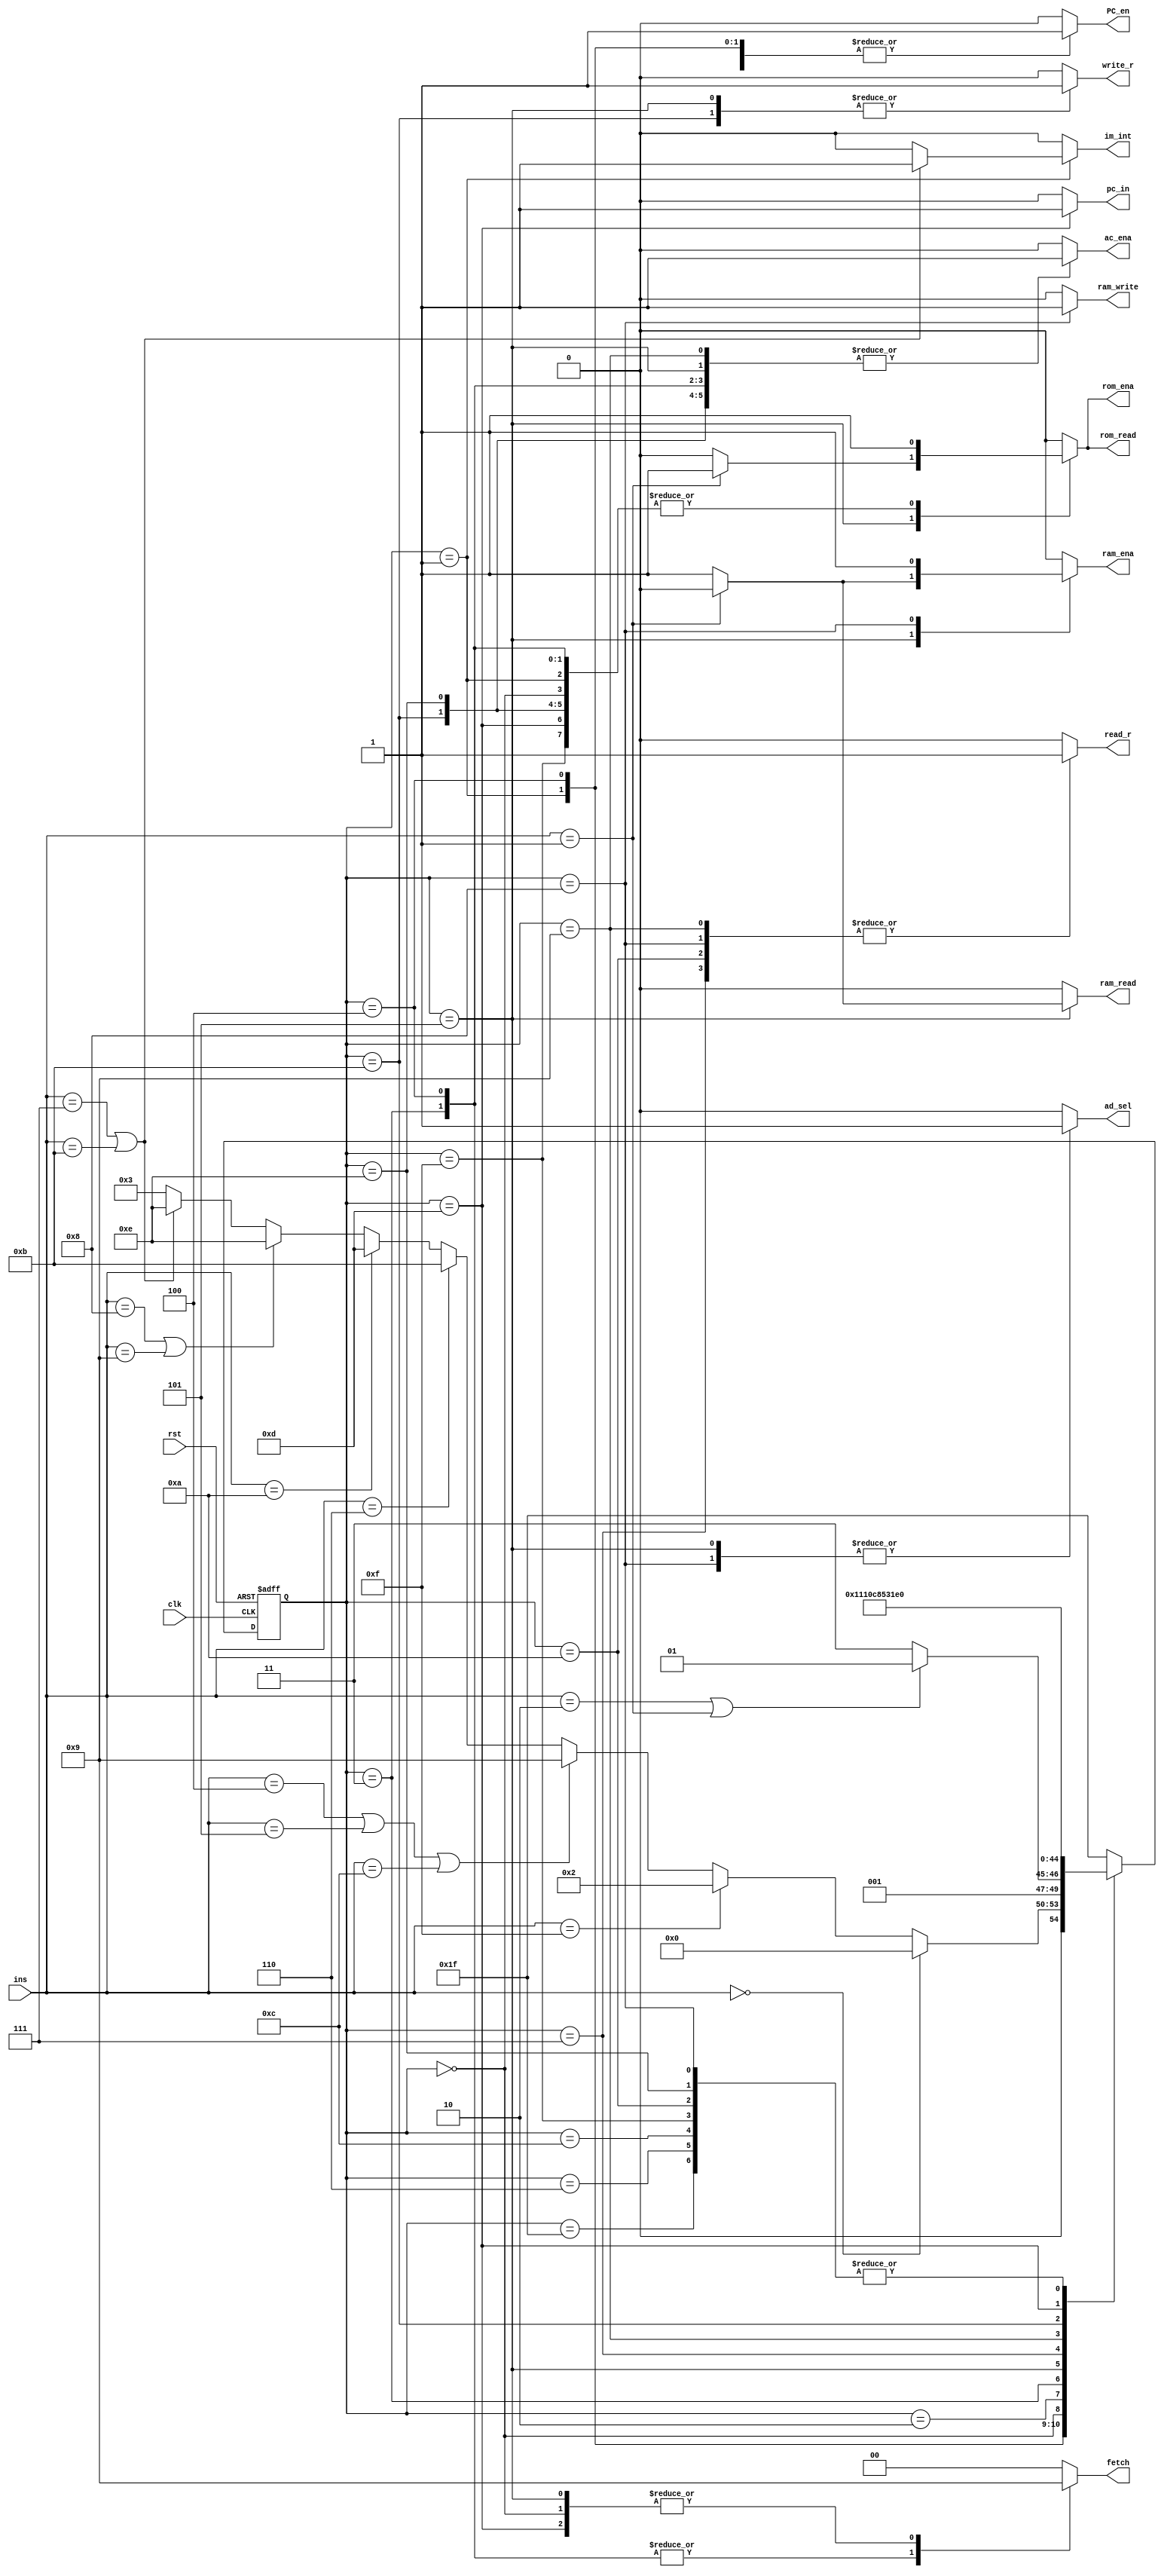
`timescale 1ns / 1ps
//////////////////////////////////////////////////////////////////////////////////
module machine(ins, clk, rst, write_r, read_r, PC_en, fetch, ac_ena, ram_ena, rom_ena,ram_write, ram_read, rom_read, ad_sel,im_int,pc_in);

input clk, rst;   		// clock, reset
input [3:0] ins;  		// instructions, 3 bits, 8 types

// Enable signals
output reg write_r, read_r, PC_en, ac_ena, ram_ena, rom_ena, im_int, pc_in;

// ROM: where instructions are storaged. Read only.
// RAM: where data is storaged, readable and writable.
output reg ram_write, ram_read, rom_read, ad_sel;

output reg [1:0] fetch;		// 01: to fetch from RAM/ROM; 10: to fetch from REG

// State code(current state)
reg [4:0] state;		// current state
reg [4:0] next_state; 	// next state


// instruction code
parameter 	NOP=4'b0000, // no operation
			LDO=4'b0001,	// load ROM to register
			LDA=4'b0010, // load RAM to register
			STO=4'b0011, // Store intermediate results to accumulator
			PRE=4'b0100, // Prefetch Data from Address
			ADD=4'b0101, // Adds the contents of the memory address or integer to the accumulator
			LDM=4'b0110, // Load Multiple
			ADN=4'b0111, // Add integer
			INC=4'b1000, // Increment Acc
			DEC=4'b1001, // Decrement ACC
			JMP=4'b1010, // Jump to ADDR
			CLR=4'b1011, // ClearACC
			SUB=4'b1100, // SUB
			HLT=4'b1111; // Halt

// state code			 
parameter Sidle=5'd31,
			 S0=5'd0,
			 S1=5'd1,
			 S2=5'd2,
			 S3=5'd3,
			 S4=5'd4,
			 S5=5'd5,
			 S6=5'd6,
			 S7=5'd7,
			 S8=5'd8,
			 S9=5'd9,
			 S10=5'd10,
			 S11=5'd11,
			 S12=5'd12,
			 S13=5'd13,
			 S14=5'd14,
			 S15=5'd15;
			 
//PART A: D flip latch; State register
always @(posedge clk or negedge rst) 
begin
	if(!rst) state<=Sidle;
		//current_state <= Sidle;
	else state<=next_state;
		//current_state <= next_state;	
end


//PART B: Next-state combinational logic
always @*
begin
case(state)
S1:		begin
			if (ins==NOP) next_state=S0;
			else if (ins==HLT)  next_state=S2;
			else if (ins==PRE | ins==ADD | ins==SUB) next_state=S9;
			else if (ins==LDM) next_state=S11;
			else if (ins==JMP) next_state = S13;
			else if (ins==INC | ins==DEC) next_state=S14;
			else if (ins==ADN | ins==CLR) next_state = S14;
			else next_state=S3;
		end

S4:		begin
			if (ins==LDA | ins==LDO) next_state=S5;
			else next_state=S7; 
			 // ---Note: there are only 3 long instrucions. So, all the cases included. if (counter_A==2*b11)
		end
Sidle:	next_state=S0;
S0:		next_state=S1;
S2:	   next_state=S2;
S3:		next_state=S4;
S5:		next_state=S6;
S6:		next_state=S0;
S7:		next_state=S8;
S8:		next_state=S0;
S9:		next_state=S10;
S10:		next_state=S0;
S11:		next_state=S12;
S12:		next_state=S0;
S13: 		next_state=S15;
S14:		next_state=S0;
S15:		next_state=S0;
default: next_state=Sidle;
endcase
end

// assign style
// TODO


// another style
//PART C: Output combinational logic
always@*
begin 
case(state)
// --Note: for each statement, we concentrate on the current state, not next_state
// because it is combinational logic.
  Sidle: begin
		 write_r=1'b0;
		 read_r=1'b0;
		 PC_en=1'b0; 
		 ac_ena=1'b0;
		 ram_ena=1'b0;
		 rom_ena=1'b0;
		 ram_write=1'b0;
		 ram_read=1'b0;
		 rom_read=1'b0;
		 ad_sel=1'b0;
		 pc_in = 0;
		 im_int = 0;
		 fetch=2'b00;
		 end
     S0: begin // load IR
		 write_r=0;
		 read_r=0;
		 PC_en=0;
		 ac_ena=0;
		 ram_ena=0;
		 rom_ena=1;
		 ram_write=0;
		 ram_read=0;
		 rom_read=1;
		 ad_sel=0;
		 pc_in = 0;
		 im_int = 0;
		 fetch=2'b01;
		 end
     S1: begin
		 if(ins == ADN | ins == CLR)
		 begin
		 write_r=0;
		 read_r=0;
		 PC_en=1; 
		 ac_ena=0;
		 ram_ena=0;
		 ram_write=0;
		 ram_read=0;
		 rom_ena=1;
		 rom_read=1; 
		 ad_sel=0;
		 pc_in = 0;
		 im_int = 1;
		 fetch=2'b00;
		 end
		 else if(ins == JMP)
		 begin
		 write_r=0;
		 read_r=0;
		 PC_en=1; 
		 ac_ena=0;
		 ram_ena=0;
		 ram_write=0;
		 ram_read=0;
		 rom_ena=1;
		 rom_read=1; 
		 ad_sel=0;
		 pc_in = 0;
		 im_int = 0;
		 fetch=2'b00;
		 end
		 else
		 begin
		 write_r=0;
		 read_r=0;
		 PC_en=1; 
		 ac_ena=0;
		 ram_ena=0;
		 ram_write=0;
		 ram_read=0;
		 rom_ena=1;
		 rom_read=1; 
		 ad_sel=0;
		 pc_in = 0;
		 im_int = 0;
		 fetch=2'b00;
		 end
		 end
     S2: begin
		 write_r=0;
		 read_r=0;
		 PC_en=0;
		 ac_ena=0;
		 ram_ena=0;
		 rom_ena=0;
		 ram_write=0;
		 ram_read=0;
		 rom_read=0;
		 ad_sel=0;
		 pc_in = 0;
		 fetch=2'b00;
		 im_int = 0;
		 end
     S3: begin 
		 write_r=0;
		 read_r=0;
		 PC_en=0;
		 ac_ena=1; 
		 ram_ena=0;
		 rom_ena=1;
		 ram_write=0;
		 ram_read=0;
		 rom_read=1;
		 pc_in = 0;
		 ad_sel=0;
	    fetch=2'b10; 
		 im_int = 0;
		 end
	 S4: begin
		 write_r=0;
		 read_r=0;
		 PC_en=1;
		 ac_ena=1;
		 ram_ena=0;
		 ram_write=0;
		 ram_read=0;
		 rom_ena=1; 
		 rom_read=1;
		 ad_sel=0;
		 pc_in = 0;
		 fetch=2'b10; 
		 im_int = 0;
		 end
     S5: begin
		 if (ins==LDO)
		 begin
		 write_r=1;
		 read_r=0;
		 PC_en=0;
		 ac_ena=1;
		 ram_ena=0;
		 ram_write=0;
		 ram_read=0;
		 rom_ena=1;
		 rom_read=1;
		 ad_sel=1;
		 pc_in =0;
		 fetch=2'b01; 
		 im_int = 0;		 
		 end
		 else 
		 begin
		 write_r=1;
		 read_r=0;
		 PC_en=0;
		 ac_ena=1;
		 ram_ena=1;
	    ram_write=0;
		 ram_read=1;
		 rom_ena=0;
		 rom_read=0;
		 ad_sel=1;
		 pc_in = 0;
		 fetch=2'b01;
		 im_int = 0;
		 end	 
		 end
     S6: begin 
		 write_r=1'b0;
		 read_r=1'b0;
		 PC_en=1'b0; //** not so sure, log: change 1 to 0
		 ac_ena=1'b0;
		 ram_ena=1'b0;
		 rom_ena=1'b0;
		 ram_write=1'b0;
		 ram_read=1'b0;
		 rom_read=1'b0;
		 ad_sel=1'b0;
		 fetch=2'b00;
		 pc_in = 0;
		 im_int = 0;
		 end

     S7: begin // STO, reg->ram. step1. read REG
		 write_r=0;
		 read_r=1;
		 PC_en=0;
		 ac_ena=0;
		 ram_ena=0;
		 rom_ena=0;
		 ram_write=0;
		 ram_read=0;
		 rom_read=0;
		 ad_sel=0;
		 pc_in = 0;
		 fetch=2'b00;
		 im_int = 0;
		 end
     S8: begin // STO, step2, write RAM
		 write_r=0;
		 read_r=1;
		 PC_en=0;
		 ac_ena=0;
		 rom_read=0;
		 rom_ena=0;
		 pc_in = 0;
		 ram_ena=1;
		 ram_write=1;
		 ram_read=0;
		 im_int = 0;
		 ad_sel=1;
		 fetch=2'b00; //fetch=2'b10, ram_ena=1, ram_write=1, ad_sel=1;
		 end
     S9: begin 
		 if (ins==PRE) // REG->ACCUM
		 begin
		 write_r=0;
		 read_r=1;
		 PC_en=0;
		 ac_ena=1;
		 ram_ena=0;
		 rom_ena=0;
		 ram_write=0;
		 ram_read=0;
		 rom_read=0;
		 ad_sel=0;
		 pc_in = 0;
		 fetch=2'b00;
		 im_int = 0;
		 end
		 else 
		 begin 
		 write_r=0;
		 read_r=1;
		 PC_en=0;
		 ac_ena=1;
		 ram_ena=0;
		 rom_ena=0;
		 ram_write=0;
		 ram_read=0;
		 rom_read=0;
		 ad_sel=0;
		 pc_in = 0;
		 fetch=2'b00;
		 im_int = 0;		 
		 end 
		 end
    S10: begin
		 write_r=0;
		 read_r=1;
		 PC_en=0;
		 ac_ena=0;
		 ram_ena=0;
		 rom_ena=0;
		 ram_write=0;
		 ram_read=0;
		 rom_read=0;
		 ad_sel=0;
		 fetch=2'b00;
		 pc_in = 0;
		 im_int = 0;
		 end
    S11: begin // LDM, step1, write reg
		 write_r=1;
		 read_r=0;
		 PC_en=0;
		 ac_ena=1;
		 ram_ena=0;
		 im_int = 0;
		 ram_write=0;
		 ram_read=0;
		 rom_ena=1;
		 rom_read=1;
		 ad_sel=0;
		 fetch=2'b00;
		 pc_in = 0;
		 end
    S12: begin 
		 write_r=0;
		 read_r=0;
		 PC_en=0;
		 ac_ena=0;
		 ram_ena=0;
		 rom_ena=0;
		 ram_write=0;
		 ram_read=0;
		 rom_read=0;
		 ad_sel=0;
		 pc_in = 0;
		 fetch=2'b00;	
		 im_int = 0; 
		 end
	 S13: begin 
		 write_r=0;
		 read_r=0;
		 PC_en=1;
		 ac_ena=0; 
		 ram_ena=0;
		 rom_ena=1;
		 ram_write=0;
		 ram_read=0;
		 rom_read=1;
		 pc_in = 1;
		 ad_sel=0;
	    fetch=2'b01; 
		 im_int = 0;
		 end
	S14: begin
		 write_r=0;
		 read_r=0;
		 PC_en=0;
		 pc_in=0;
		 ac_ena=1;
		 ram_ena=0;
		 rom_ena=1;
		 ram_write=0;
		 ram_read=0;
		 rom_read=1;
		 ad_sel=0;
		 fetch=2'b00;	
		 im_int = 0; 
		 end
	S15: begin 
		 write_r=0;
		 read_r=0;
		 PC_en=0;
		 pc_in=0;
		 ac_ena=0;
		 ram_ena=0;
		 rom_ena=1;
		 ram_write=0;
		 ram_read=0;
		 rom_read=1;
		 ad_sel=0;
		 fetch=2'b00;	
		 im_int = 0; 
		 end
default: begin
		 write_r=0;
		 read_r=0;
		 PC_en=0;
		 ac_ena=0;
		 ram_ena=0;
		 rom_ena=0;	
		 ram_write=0;
		 ram_read=0;
		 rom_read=0;
		 ad_sel=0;
		 pc_in=0;
		 fetch=2'b00;	
		 im_int = 0;
		 end
endcase
end
endmodule